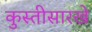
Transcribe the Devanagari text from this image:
कुस्तीसारखे